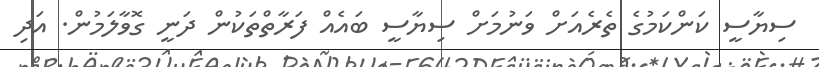
ސިޔާސީ ކަންކަމުގެ ތެރެއަށް ވަނުމަށް ސިޔާސީ ބައެއް ފަރާތްތަކުން ދަނީ ގޮވާލަމުން. އަދި